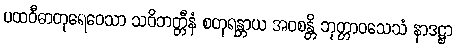
ပထဝီဓာတုရေဝေသာ သဝိဘတ္တီနံ စတုရန္တာယ အဝစန္တိ ဘုတ္တာဝသေသံ နာဒဋ္ဌာ